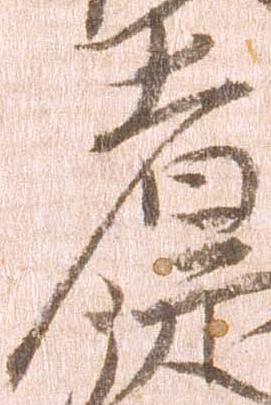
者